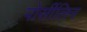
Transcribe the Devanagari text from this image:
पोर्सीलिन